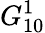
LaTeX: G_{10}^{1}